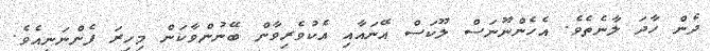
ދެން ހާދަ ލާނެތެވެ. އެހެންނޫނަސް ލޫކަސް އޭނައާއި އެކުވެރިވާން ބޭނުންވާކަން މިހިރަ ފެންނަނީއެވެ.